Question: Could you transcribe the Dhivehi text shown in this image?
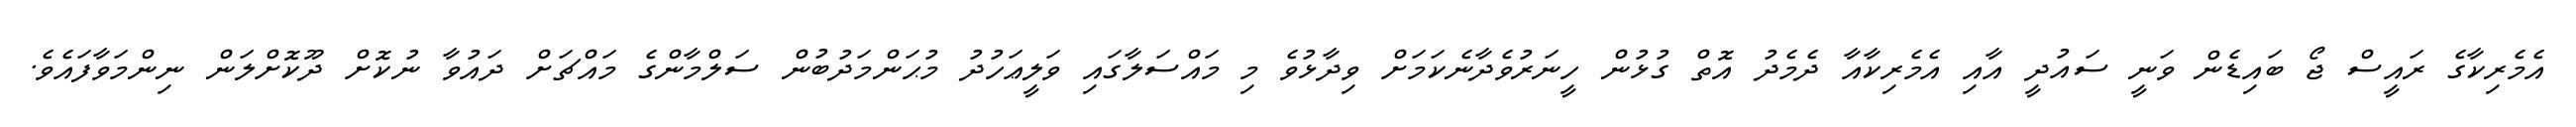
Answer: އެމެރިކާގެ ރައީސް ޖޯ ބައިޑެން ވަނީ ސައުދީ އާއި އެމެރިކާއާ ދެމެދު އޮތް ގުޅުން ހީނަރުވެދާނެކަމަށް ވިދާޅުވެ މި މައްސަލާގައި ވަލީޢަހުދު މުޙަންމަދުބުން ސަލްމާންގެ މައްޗަށް ދައުވާ ނުކޮށް ދޫކޮށްލަން ނިންމަވާފައެވެ.